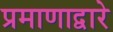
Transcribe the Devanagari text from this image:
प्रमाणाद्वारे